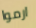
ارموا